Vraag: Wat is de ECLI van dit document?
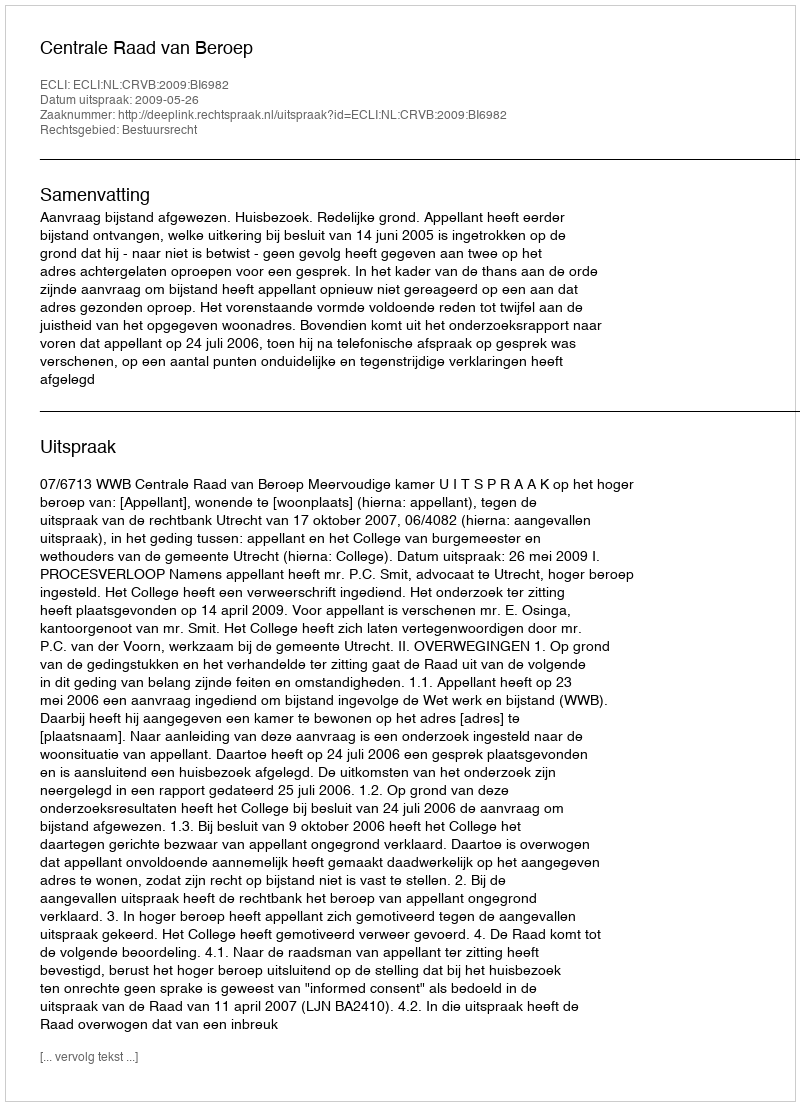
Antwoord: ECLI:NL:CRVB:2009:BI6982